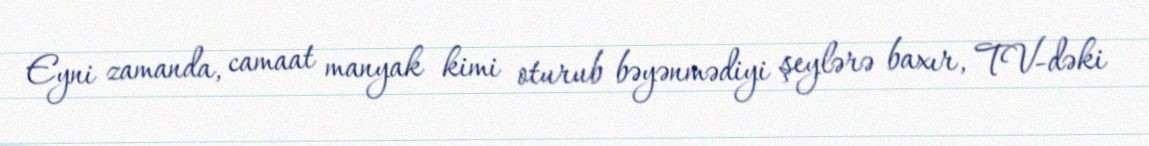
Eyni zamanda, camaat manyak kimi oturub bəyənmədiyi şeylərə baxır, TV-dəki